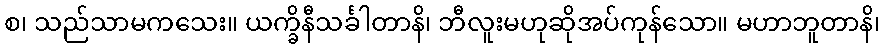
စ၊ သည်သာမကသေး။ ယက္ခိနီသင်္ခါတာနိ၊ ဘီလူးမဟုဆိုအပ်ကုန်သော။ မဟာဘူတာနိ၊